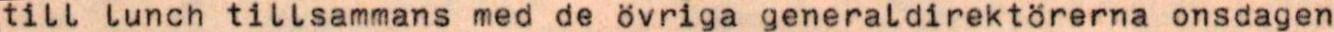
till lunch tillsammans med de övriga generaldirektörerna onsdagen